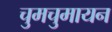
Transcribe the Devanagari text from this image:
चुमचुमायन